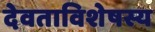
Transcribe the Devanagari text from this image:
देवताविशेषस्य